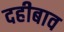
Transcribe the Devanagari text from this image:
दहीबाव